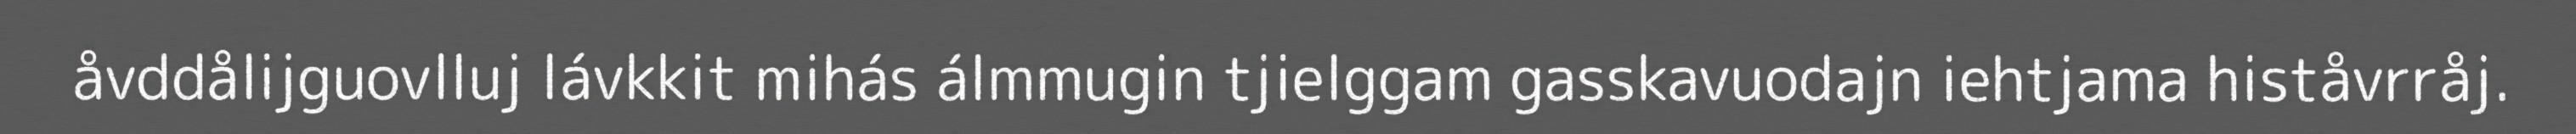
åvddålijguovlluj lávkkit mihás álmmugin tjielggam gasskavuodajn iehtjama histåvrråj.